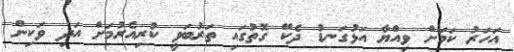
އަހަރު ކަމަށް ވިއްޔާ އަޅުގަނޑު ދެކޭ ގޮތުގައި ތަރުބަވީ ކުރިއެރުމަށް އަދި ވަކިން